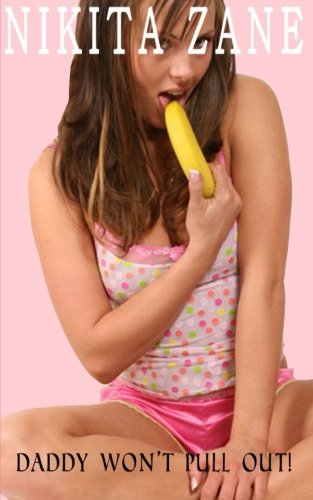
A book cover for Daddy Won't Pull Out!; Nikita Zane; Romance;